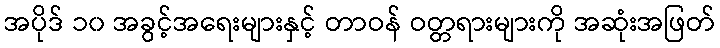
အပိုဒ် ၁၀ အခွင့်အရေးများနှင့် တာဝန် ဝတ္တရားများကို အဆုံးအဖြတ်